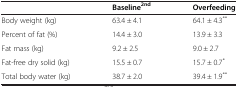
<table><thead><tr><td><b> </b></td><td><b>Baseline<sup>2nd</sup></b></td><td><b>Overfeeding</b></td></tr></thead><tbody><tr><td>Body weight (kg)</td><td>63.4 ± 4.1</td><td>64.1 ± 4.3<sup>**</sup></td></tr><tr><td>Percent of fat (%)</td><td>14.4 ± 3.0</td><td>13.9 ± 3.3</td></tr><tr><td>Fat mass (kg)</td><td>9.2 ± 2.5</td><td>9.0 ± 2.7</td></tr><tr><td>Fat-free dry solid (kg)</td><td>15.5 ± 0.7</td><td>15.7 ± 0.7<sup>*</sup></td></tr><tr><td>Total body water (kg)</td><td>38.7 ± 2.0</td><td>39.4 ± 1.9<sup>**</sup></td></tr></tbody></table>